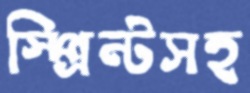
স্প্রিন্টসহ